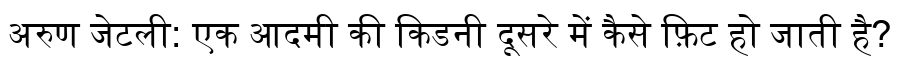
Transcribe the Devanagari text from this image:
अरुण जेटली: एक आदमी की किडनी दूसरे में कैसे फ़िट हो जाती है?